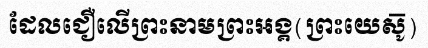
ដែលជឿលើព្រះនាមព្រះអង្គ(ព្រះយេសូ៑)